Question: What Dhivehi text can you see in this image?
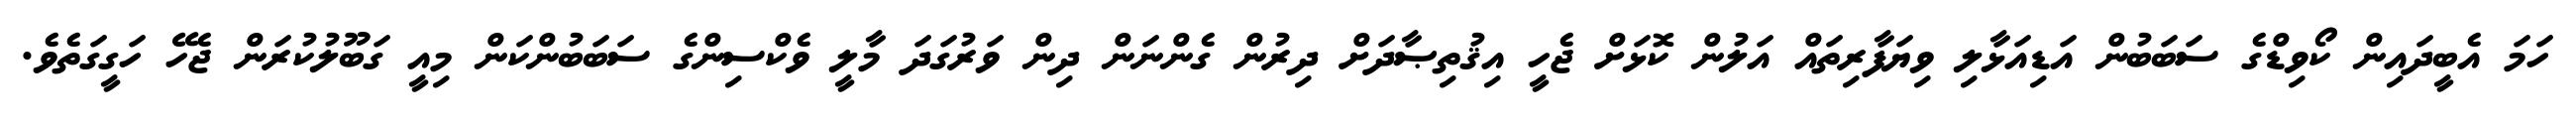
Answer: ހަމަ އެބީދައިން ކޯވިޑްގެ ސަބަބުން އަޑިއަޅާލި ވިޔަފާރިތައް އަލުން ކޮޅަށް ޖެހީ އިޤުތިޞާދަށް ދިރުން ގެންނަން ދިން ވަރުގަދަ މާލީ ވެކްސިންގެ ސަބަބުންކަން މިއީ ގަބޫލުކުރަން ޖެހޭ ހަގީގަތެވެ.